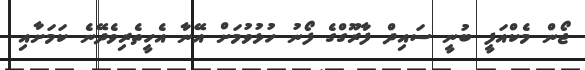
ޖޯން މެކްއަފީ ބުނީ ސައިދް ފާރޫގްގެ ފޯނު ހުޅުވުމަށް އޭނާ އެހީތެރިވެދޭނެ ކަމަށާއި